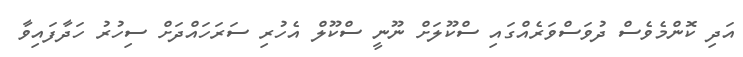
އަދި ކޮންމެވެސް ދުވަސްވަރެއްގައި ސްކޫލަށް ނޫނީ ސްކޫލް އެހުރި ސަރަހައްދަށް ސިހުރު ހަދާފައިވާ